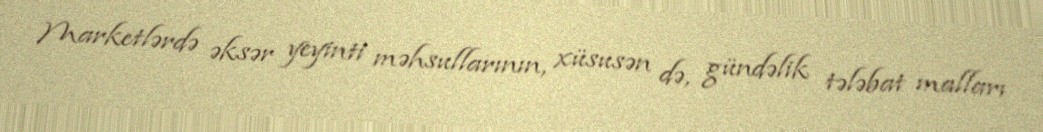
Marketlərdə əksər yeyinti məhsullarının, xüsusən də, gündəlik tələbat malları